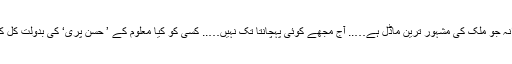
’’حسن پری کریم کے بے قاعدہ استعمال کے بعد میں، یعنی فرزانہ جو ملک کی مشہور ترین ماڈل ہے….. آج مجھے کوئی پہچانتا تک نہیں….. کسی کو کیا معلوم کے ’ حسن پری‘ کی بدولت کل کی کالی بھجنگ فرزانہ آج گوری اور حسین دوشیزہ بن چکی ہے۔